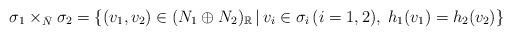
LaTeX: \begin{align*}\sigma _1\times _{\bar N} \sigma _2=\{(v_1,v_2)\in (N_1\oplus N_2)_\mathbb R\, |\,v_i\in \sigma _i\,(i=1,2),\; h_1(v_1)=h_2(v_2)\}\end{align*}